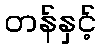
တန်နှင့်